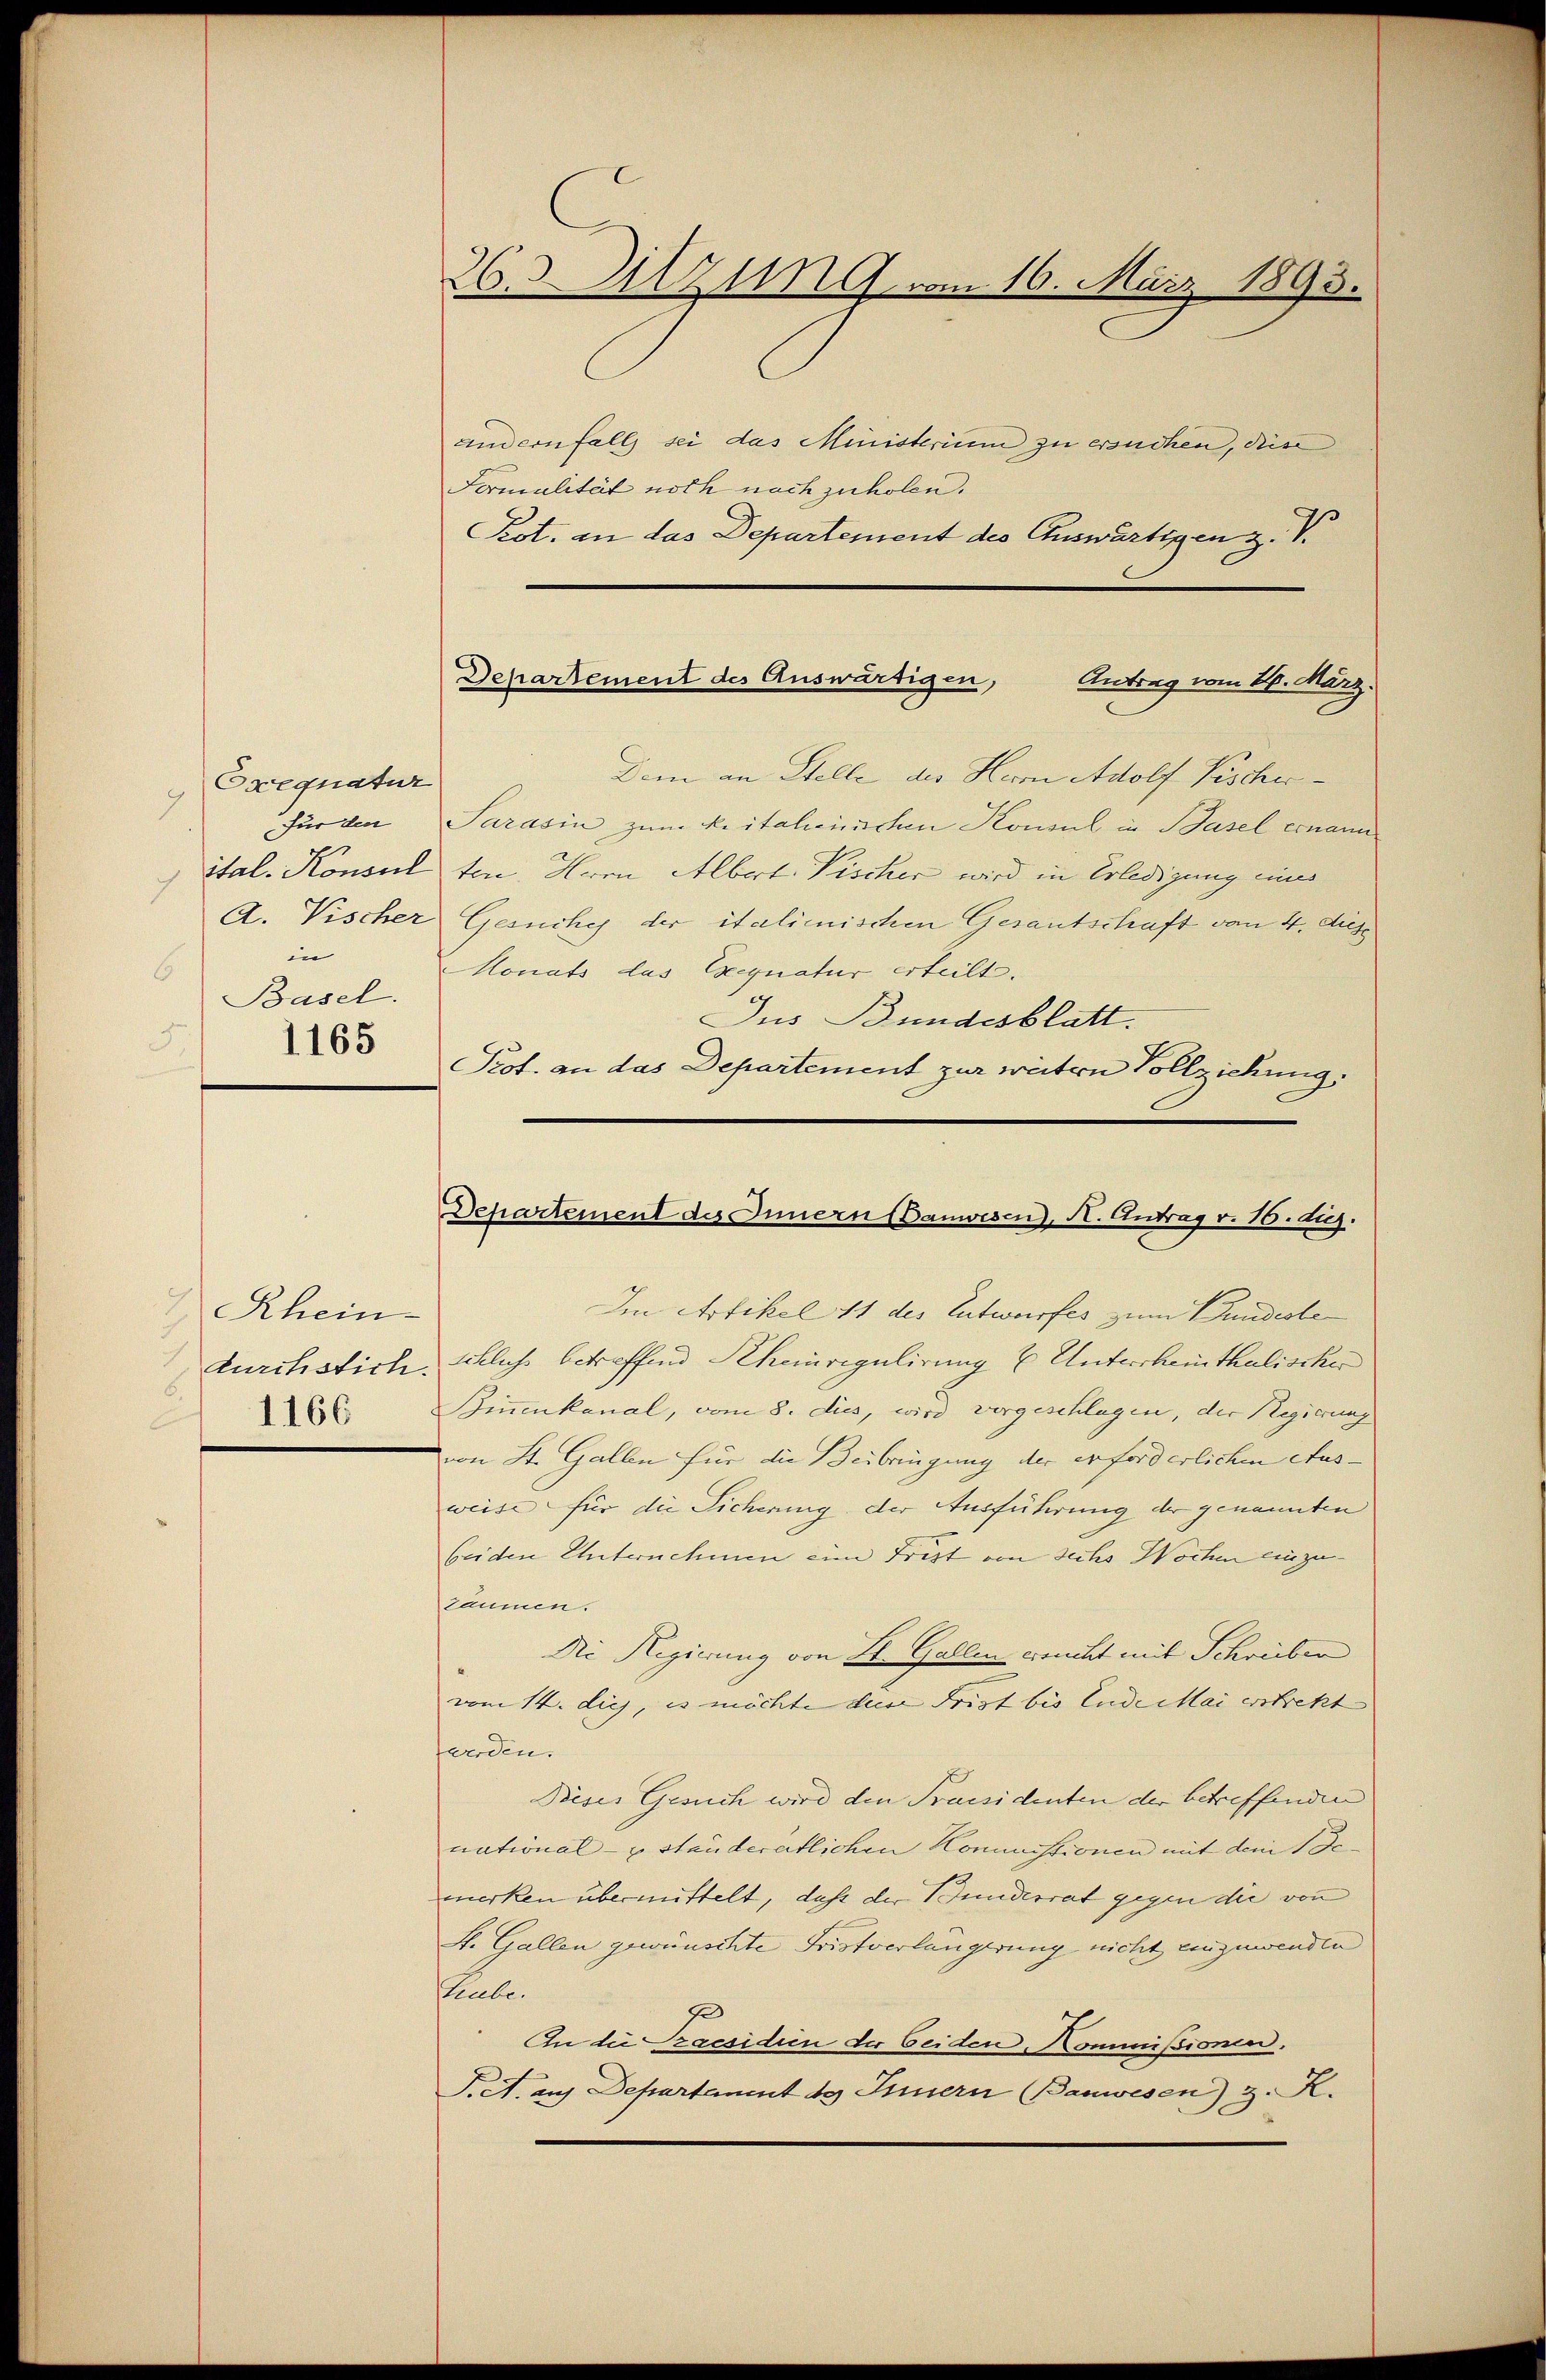
Oxequatur
9
für den
7
in
6
Basel.
5.
1165

Rhein
durchstich.
A 1166

Dem an Stelle des Herrn Adolf Pischer-
Sarasin zum Reitalienischen Konsul in Basel ernann
ital. Konsul ton Herrn Albert Pischer wird in Erledigung einer
A. Vischer Gesuche der italienischen Gesantschaft von 4. diese
Monats las Exequatur erteilt.
Jus Bundesblatt.
Prof. an das Departement zur weiten Vollziehung.

26. Sitzung vom 16. März 1893.

andernfalls sei das Ministerium zu ersuchen, diese
Formalität noch nachzuholen.
Kot. an das Departement des Auswärtigen z. V

Departement des Auswärtigen,
Antrag vom 10. März.

Departement des Innern (Danwesen, A. Antrag v. 16. huj.

Im Artikel 11 des Entwurfes zum Bundeste
schlichs betreffend Rheinregulirung & Unterscheinthalischer
Binnenkanal, vom 8. dies, wird vorgeschlagen, der Regierung
von St. Gallen für die Beibringung der erforderlichen Ausweise für die Sicherung der Ausführung der genannten
beiden Unternehmen eine Frist von sechs Wochen einzutäumen.
Die Regierung von H. Gallen Frucht mit Schreiben
vom 14. dich, es möchte der Frist bis Ludeillai erstrett |
forden.
Prises Gesuch wird den Praesidenten der betreffenden
national- u ständerätlichen Kommissionen mit dem 1 Femerken übermittelt, daß der Bunderrat gegen die von
St. Gallen gewünschte Fristverlangerung nicht einzuwenden
stube.
s
An die raesiden der beiden, Kommißionen.
S. A. aus Departament des Innern Bauwesen) z. R.